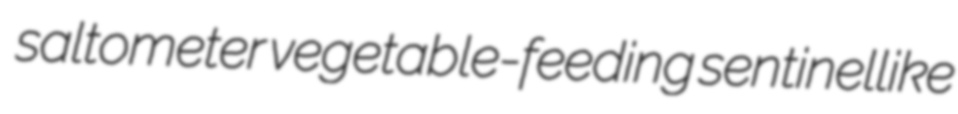
saltometer vegetable-feeding sentinellike